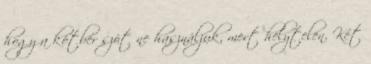
hogy a kötbér szót ne használjuk, mert helytelen. Két